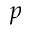
p